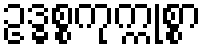
ဥဒ္ဓစ္စကုက္ကုစ္စာ